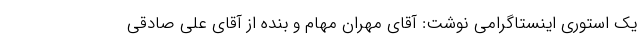
یک استوری اینستاگرامی نوشت: آقای مهران مهام و بنده از آقای علی صادقی